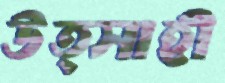
উত্সাহী